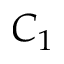
C _ { 1 }